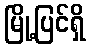
မြို့ပြင်ရှိ